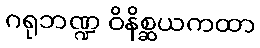
ဂရုဘဏ္ဍ ဝိနိစ္ဆယကထာ